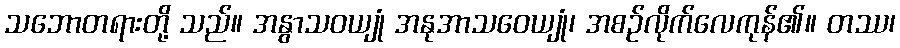
သဘောတရားတို့ သည်။ အနွာသဝယျုံ အနုအာသဝေယျုံ၊ အစဉ်လိုက်လေကုန်၏။ တဿ၊